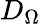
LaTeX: D_{\Omega}